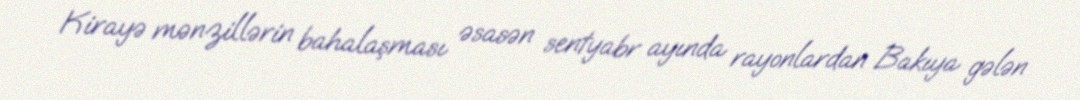
Kirayə mənzillərin bahalaşması əsasən sentyabr ayında rayonlardan Bakıya gələn